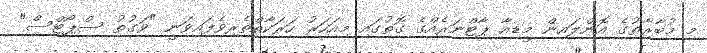
މި މުބާރާތުގެ އޮންލައިން މީޑިއާ ޕާޓްނަރެއްގެ ގޮތުގައި މިއަހަރު ހަރަކާތްތެރިވެފައިވަނީ "ވަގުތު ސްޕޯޓްސް"